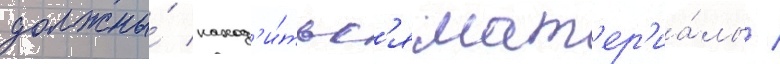
должны́ наход'и́тьс'я мат'ер'иа́лы /